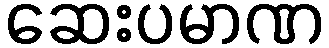
ဆေးပမာဏ